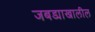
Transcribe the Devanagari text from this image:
जबड्याखालील